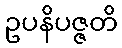
ဥပနိပဇ္ဇတိ